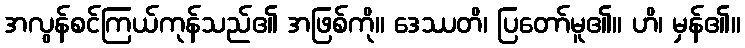
အလွန်စင်ကြယ်ကုန်သည်၏ အဖြစ်ကို။ ဒေဿတိ၊ ပြတော်မူ၏။ ဟိ၊ မှန်၏။